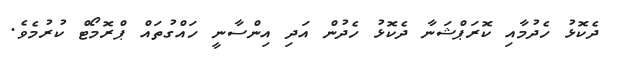
ދެކޮޅު ހެދުމާއި ކޮރަޕްޝަނާ ދެކޮޅު ހެދުން އަދި އިންސާނީ ހައްގުތައް ޕްރޮމޯޓް ކުރުމެވެ.